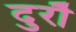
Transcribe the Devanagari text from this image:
दुरौ